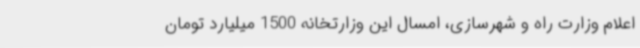
اعلام وزارت راه و شهرسازی، امسال این وزارتخانه 1500 میلیارد تومان